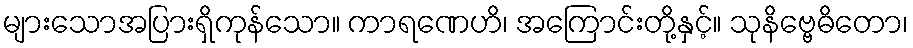
များသောအပြားရှိကုန်သော။ ကာရဏေဟိ၊ အကြောင်းတို့နှင့်။ သုနိဗ္ဗေဓိတော၊